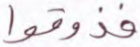
فذوقوا